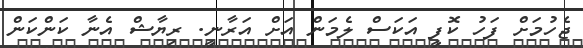
ޖެހުމަށް ފަހު ކޮފީ އަކަސް ލެމަން އަށް އަރާނީ. ރިޔާޝް އެނާ ކަންކަން